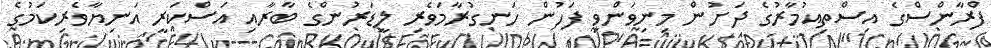
ފްރާންސްގެ އިސްތިއުމާރުގެ ދަށުން މިނިވަންވި ފަހުން ހަނގުރާމަވެރި ލީޑަރުންގެ ބާރާއި އަސްކަރީ އަނިޔާވެރިކަމުގެ